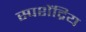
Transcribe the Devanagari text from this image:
स्पशेंद्रिय